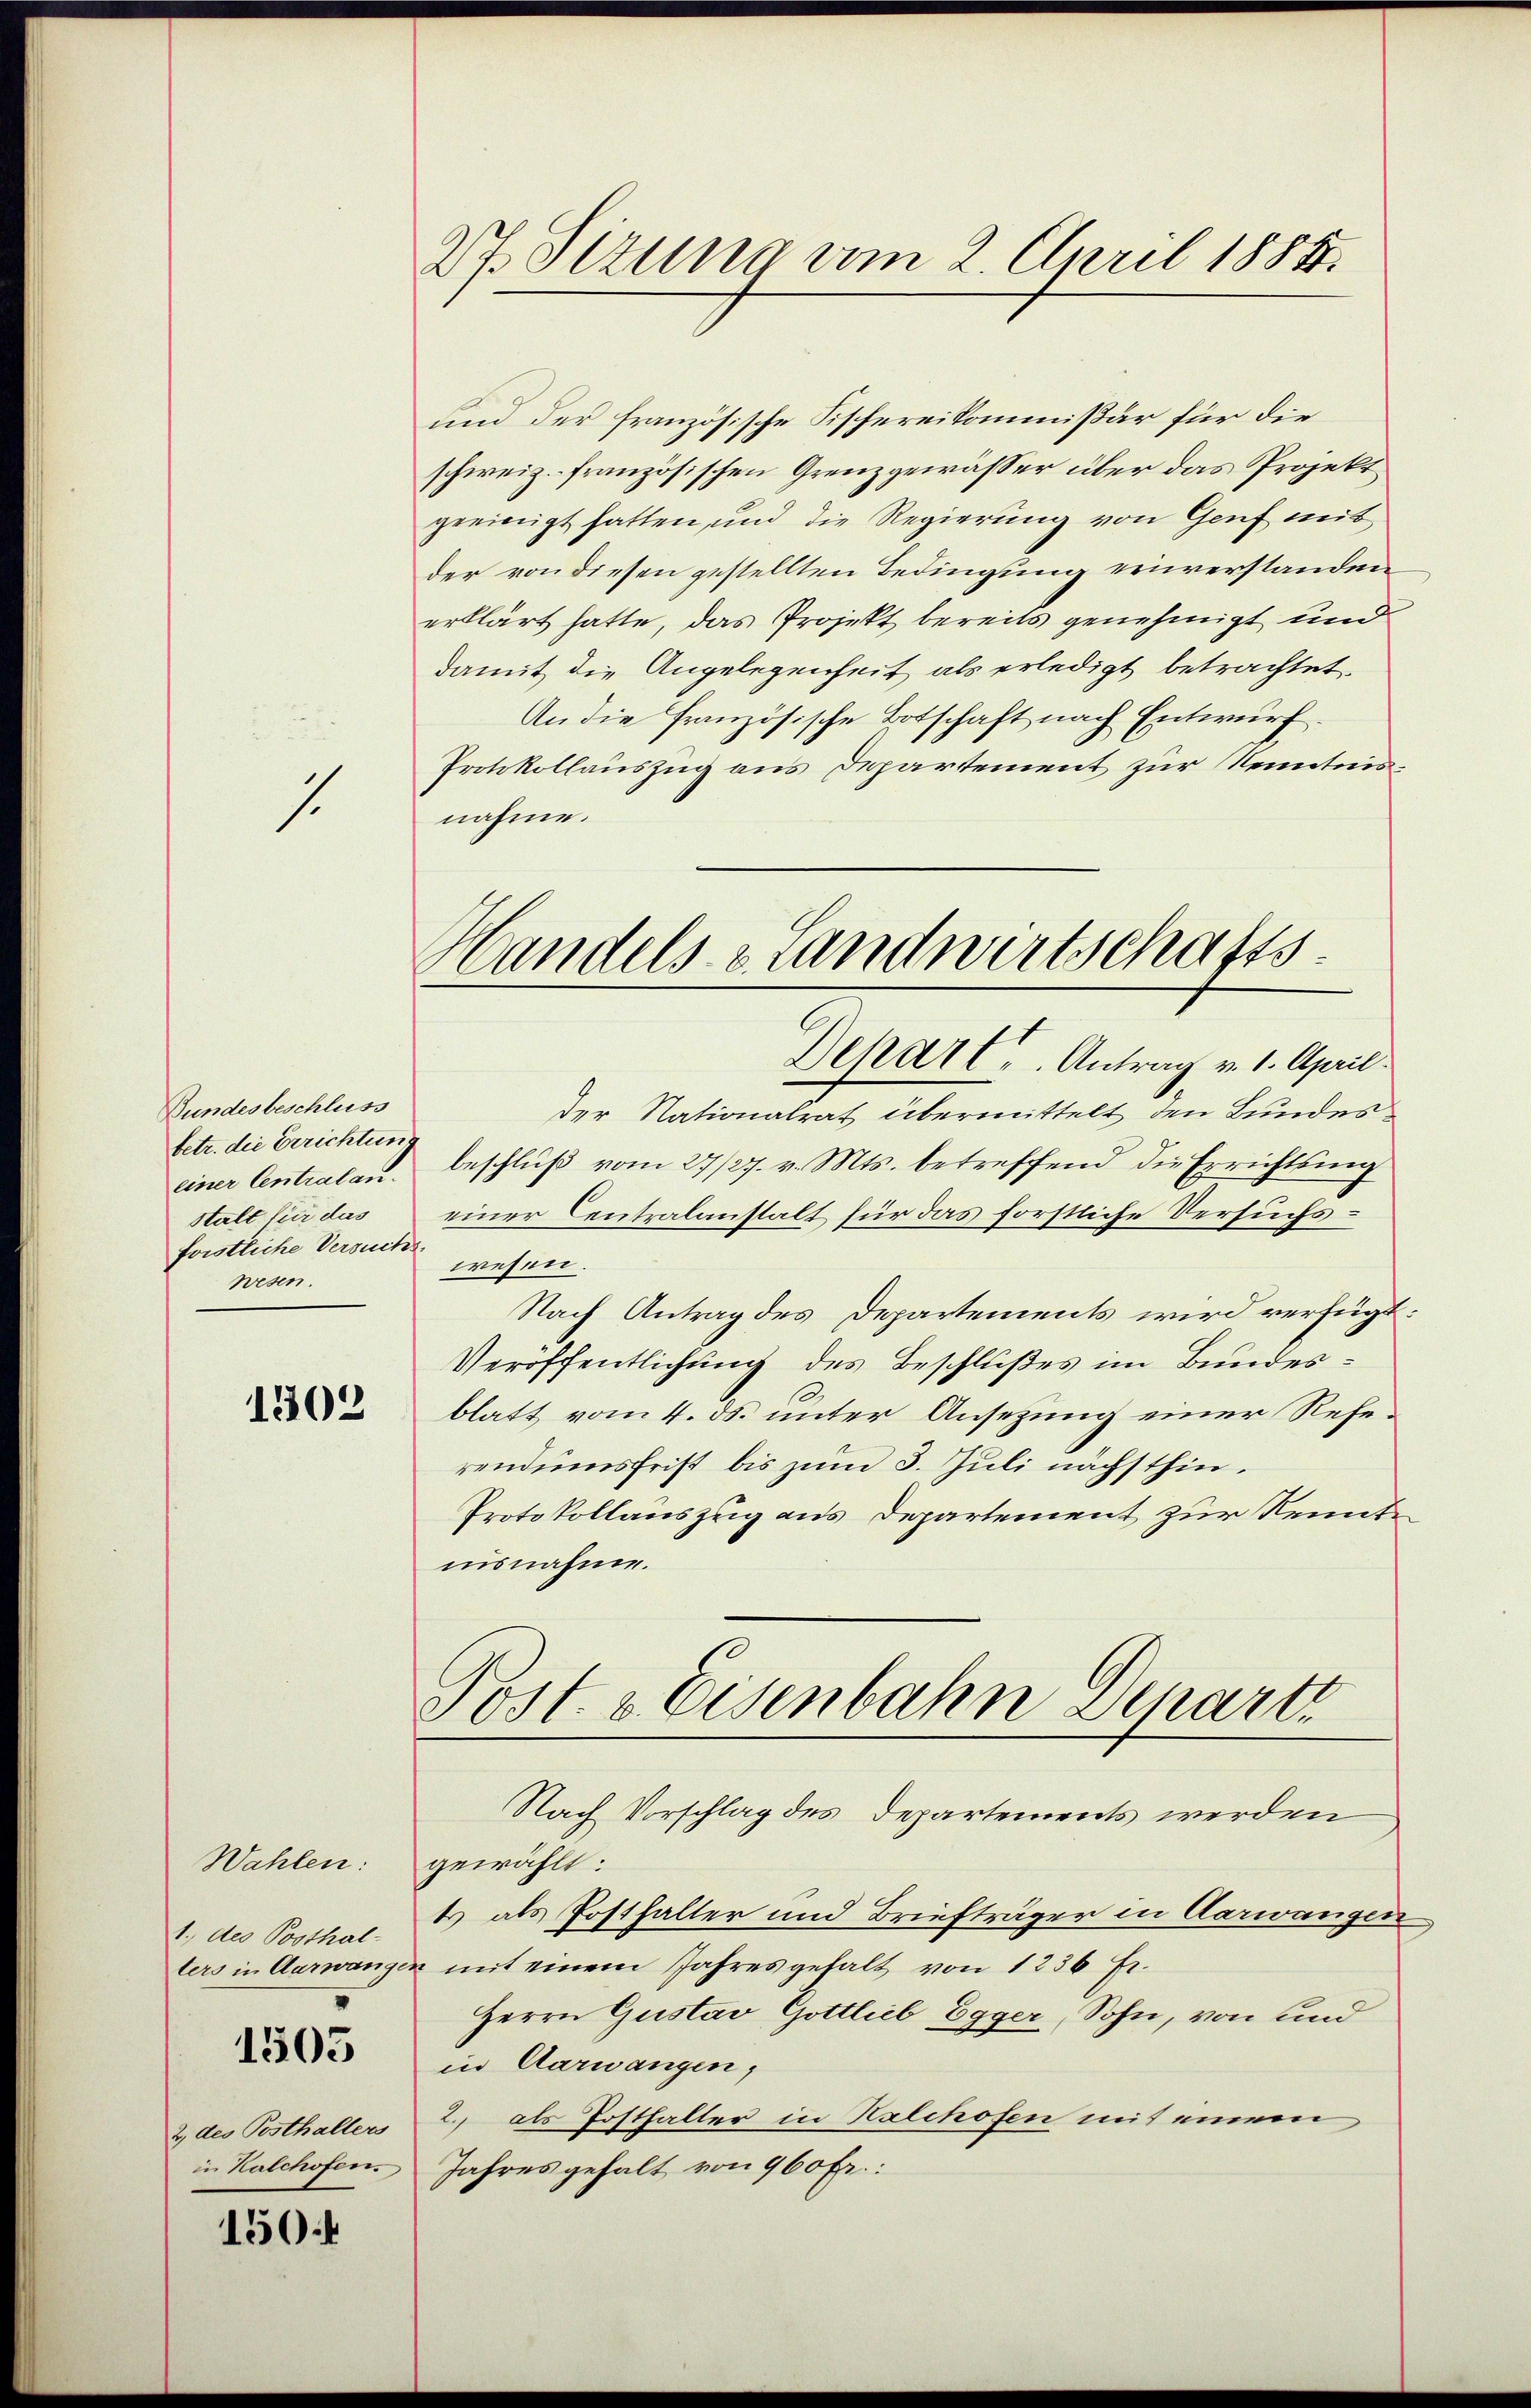
s

Bundesbeschluss
betr. die Errichtung
einer Centralanstalt für das
forstliche Versuch
wesen.

1303

Wahlen:
1., des Posthal-

1503

2 des Posthalters
in Kalchofen.

150.

27. Sitzung vom 2. April 1884.

und der französische Fischereikommißär für die
schweiz. französischen Grenzgewässer über das Projekt
geeinigt hatten, und die Regierung von Genf mit
der von diesen gestellten Bedingung einverstanden
erklärt hatte, das Projekt bereits genehmigt und
Damit die Angelegenheit als erledigt betrachtet.
An die französische Botschaft nach Entwurf.
Protokollauszug aus Departement zur Kenntnisnahme.
Handels- & Landwirtschafts

Dehart. Antrag v. 1. April
der Nationalrat übermittelt den Bundesbeschluß vom 27/27. v. Mts. betreffend die Errichtsung
einer Centralanstalt für das forstliche Versuchswesen.
Nach Antrag des Departements wird verfügt:
Veröffentlichung des Beschlußes im Bundesblatt vom 4. ds. unter Ansezung einer Referendumsfrist bis zum 3. Juli nächsthin¬
Protokollauszug aus Departement zur Kenntnisnahme.

Post. v. Eisenbahn Schart

Nach Vorschlag des Departements werden
gewählt:
t als Posthalter und Briefträger in Aarwangen
ters in Aarwangen mit einem Jahres gehalt von 1236 Fr.
Herrn Gustav Gottlieb Egger, Sohn, von und
in Aarwangen,
2. als Posthalter in Kalchofen mit einem
Jahres gehalt von 960 fr.: